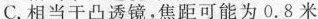
C.相当于凸透镜，焦距可能为0.8米